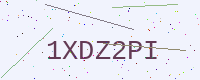
Text: 1XDZ2PI